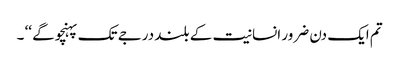
تم ایک دن ضرور انسانیت کے بلند درجے تک پہنچو گے ‘‘ ۔